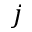
j